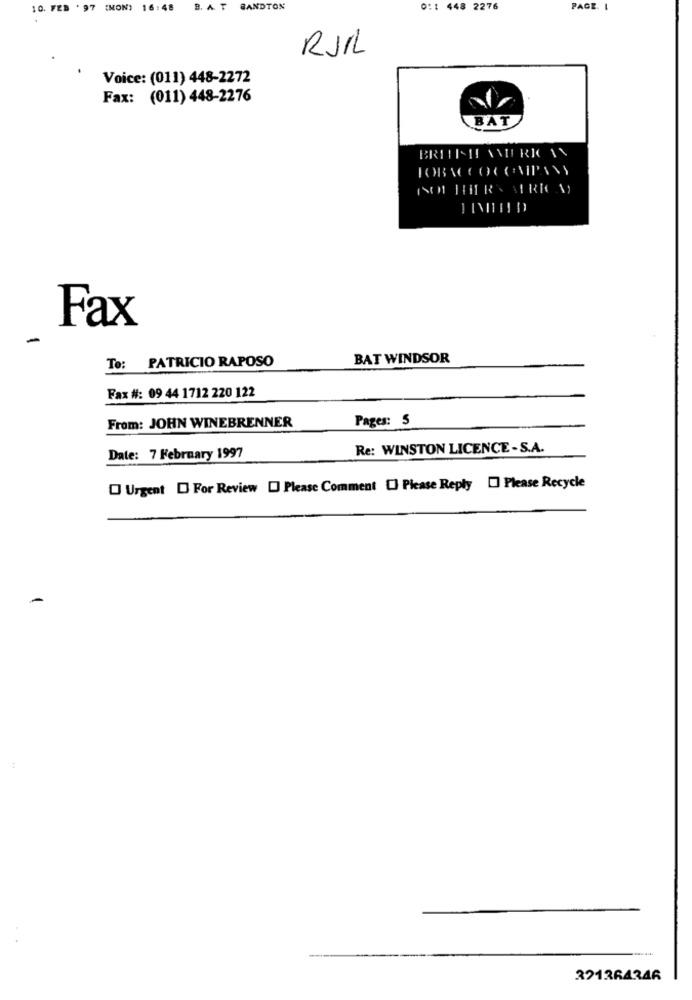
10. FEB . 97 (MON) 16:48 B. A. T BANDTON
0:1 448 2276
PAGE. I
RUIL
Voice: (011) 448-2272
Fax: (011) 448-2276
BAT
Fax
-
To: PATRICIO RAPOSO
BAT WINDSOR
Fax #: 09 44 1712 220 122
From: JOHN WINEBRENNER
Pages: 5
Re: WINSTON LICENCE - S.A.
Date: 7 February 1997
Urgent [ For Review [ Please Comment [ Please Reply [] Please Recycle
391364346